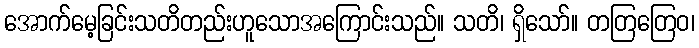
အောက်မေ့ခြင်းသတိတည်းဟူသောအကြောင်းသည်။ သတိ၊ ရှိသော်။ တတြတြေဝ၊